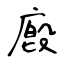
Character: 廏